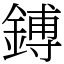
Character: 鎛